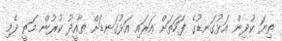
ތިޔަ ކުދިން އަޅުގަނޑުގެ ފަހަތަށް އަރައި އަޅުގަނޑަށް ތާއީދު ކުރުން މަތީ ދެމި